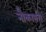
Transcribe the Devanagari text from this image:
नौकाभंग